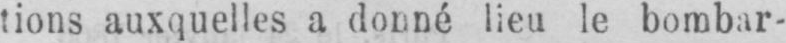
tions auxquelles a donné lieu le bombar-